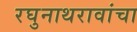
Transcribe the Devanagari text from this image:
रघुनाथरावांचा